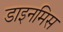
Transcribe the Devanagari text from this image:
डाइनमिस